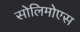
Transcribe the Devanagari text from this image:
सोलिमोएस